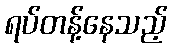
ရပ်တန့်နေသည့်